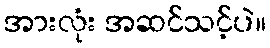
အားလုံး အဆင်သင့်ပဲ။